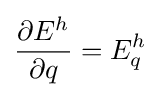
{\frac {\partial E^{h}}{\partial q}}=E_{q}^{h}